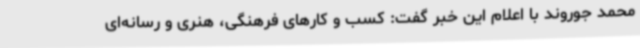
محمد جوروند با اعلام این خبر گفت: کسب و کارهای فرهنگی، هنری و رسانه‌ای